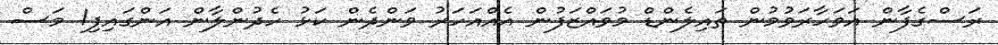
ރަސްގެފާން އަވަހާރަވުމުން ތައިލެންޑް މުވައްޒަފުން އެއްއަހަރު ވަންދެން ކަޅު ހެދުންލާން އަންގައިފި1 މަސް